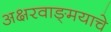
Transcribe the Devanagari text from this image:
अक्षरवाङ्‌मयाचे